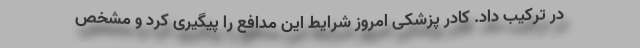
در ترکیب داد. کادر پزشکی امروز شرایط این مدافع را پیگیری کرد و مشخص